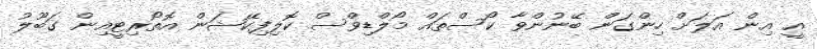
އީ އިން އަލަށް ހިންގަން ބޭނުންވާ ކޯސްތައް މޯލްޑިވްސް ކޮލިފިކޭޝަން އޮތޯރިޓީއިން ގަބޫލު